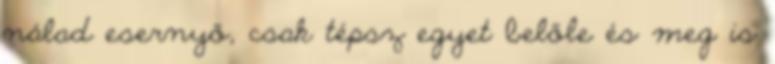
nálad esernyő, csak tépsz egyet belőle és meg is